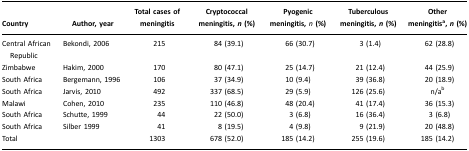
| Country | Author, year | Total cases of meningitis | Cryptococcal meningitis, n (%) | Pyogenic meningitis, n (%) | Tuberculous meningitis, n (%) | Other meningitisa, n (%) |
 | --- | --- | --- | --- | --- | --- | --- |
 | Central African Republic | Bekondi, 2006 | 215 | 84 (39.1) | 66 (30.7) | 3 (1.4) | 62 (28.8) |
 | Zimbabwe | Hakim, 2000 | 170 | 80 (47.1) | 25 (14.7) | 21 (12.4) | 44 (25.9) |
 | South Africa | Bergemann, 1996 | 106 | 37 (34.9) | 10 (9.4) | 39 (36.8) | 20 (18.9) |
 | South Africa | Jarvis, 2010 | 492 | 337 (68.5) | 29 (5.9) | 126 (25.6) | n/ab |
 | Malawi | Cohen, 2010 | 235 | 110 (46.8) | 48 (20.4) | 41 (17.4) | 36 (15.3) |
 | South Africa | Schutte, 1999 | 44 | 22 (50.0) | 3 (6.8) | 16 (36.4) | 3 (6.8) |
 | South Africa | Silber 1999 | 41 | 8 (19.5) | 4 (9.8) | 9 (21.9) | 20 (48.8) |
 | Total |  | 1303 | 678 (52.0) | 185 (14.2) | 255 (19.6) | 185 (14.2) |